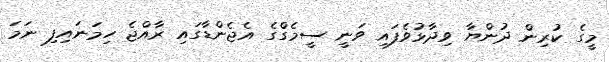
މީގެ ކުރިން ދުންޔާ ވިދާޅުވެފައި ވަނީ ސީމެގްގެ އެޖެންޑާގައި ރާއްޖެ ހިމަނައިފި ނަމަ